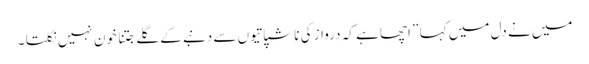
میں نے دل میں کہا ” اچھا ہے کہ درواز کی ناشپاتیوں سے دنبے کے گلے جتنا خون نہیں نکلتا ۔